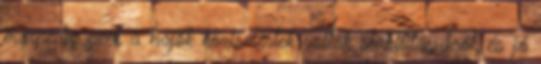
márpedig ezek a hajók közismertek voltak stabilitásukról, és jó